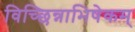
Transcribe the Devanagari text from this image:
विच्छिन्नाभिषेकम्